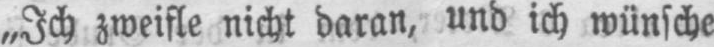
„Ich zweifle nicht daran, und ich wünsche